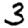
Digit: 3